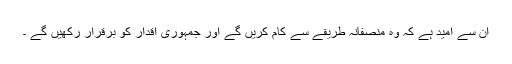
ان سے امید ہے کہ وہ منصفانہ طریقے سے کام کریں گے اور جمہوری اقدار کو برقرار رکھیں گے ۔